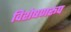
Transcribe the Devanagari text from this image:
विशेषणरूप